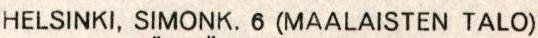
HELSINKI, SIMONK. 6 (MAALAISTEN TALO)